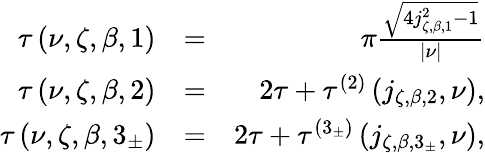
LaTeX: \begin{array}{rlr}{\tau\left(\nu,\zeta,\beta,1\right)}&{=}&{\pi\frac{\sqrt{4j_{\zeta,\beta,1}^{2}-1}}{\left\vert\nu\right\vert}}\\ {\tau\left(\nu,\zeta,\beta,2\right)}&{=}&{2\tau+\tau^{\left(2\right)}\left(j_{\zeta,\beta,2},\nu\right),}\\ {\tau\left(\nu,\zeta,\beta,3_{\pm}\right)}&{=}&{2\tau+\tau^{\left(3_{\pm}\right)}\left(j_{\zeta,\beta,3_{\pm}},\nu\right),}\end{array}